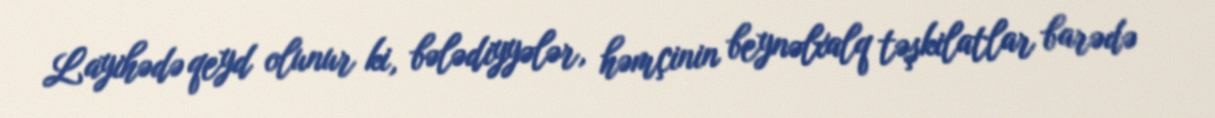
Layihədə qeyd olunur ki, bələdiyyələr, həmçinin beynəlxalq təşkilatlar barədə